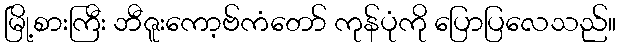
မြို့စားကြီး ဘီဇူးကော့ဗ်ကံတော် ကုန်ပုံကို ပြောပြလေသည်။